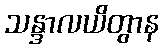
သန္ဒာလယိတွာန